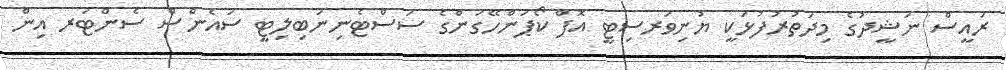
ރައީސް ނަޝީދުގެ މިދަތުރުފުޅަކީ ޔުނިވަރސިޓީ އޮފް ކޯޕަންހޭގަންގެ ސަސްޓެނިނަބިލިޓީ ސައެންސް ސެންޓަރ އިން